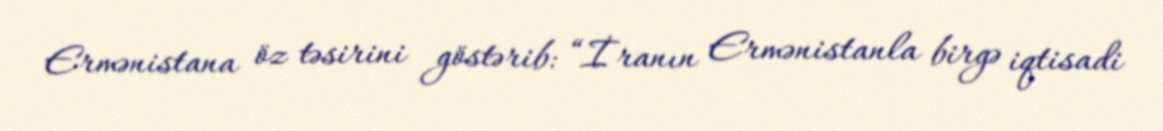
Ermənistana öz təsirini göstərib: “İranın Ermənistanla birgə iqtisadi